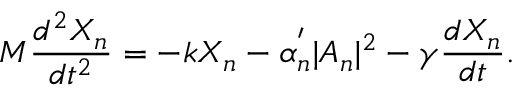
M \frac { d ^ { 2 } X _ { n } } { d t ^ { 2 } } = - k X _ { n } - \alpha _ { n } ^ { ' } | A _ { n } | ^ { 2 } - \gamma \frac { d X _ { n } } { d t } .